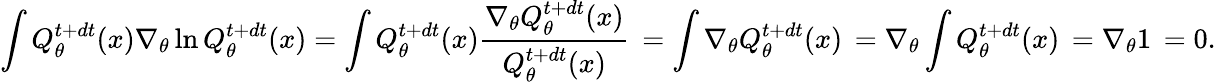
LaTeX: \int Q_{\theta}^{t+dt}(x)\nabla_{\theta}\ln Q_{\theta}^{t+dt}(x)=\int Q_{\theta}^{t+dt}(x)\frac{\nabla_{\theta}Q_{\theta}^{t+dt}(x)}{Q_{\theta}^{t+dt}(x)}\, =\int\nabla_{\theta}Q_{\theta}^{t+dt}(x)\, =\nabla_{\theta}\int Q_{\theta}^{t+dt}(x)\, =\nabla_{\theta}1\, =0.